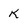
Character: k